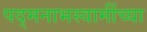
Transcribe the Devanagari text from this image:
पद्मनाभस्वामींच्या